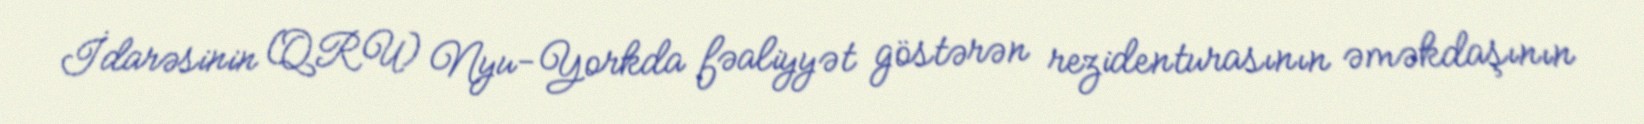
İdarəsinin (QRU) Nyu-Yorkda fəaliyyət göstərən rezidenturasının əməkdaşının